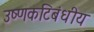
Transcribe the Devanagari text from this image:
उष्‍णकटिबंधीय